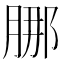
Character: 𬛁